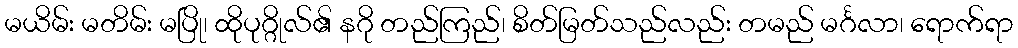
မယိမ်း မတိမ်း မပြို၊ ထိုပုဂ္ဂိုလ်၏ နဂို တည်ကြည်၊ စိတ်မြတ်သည်လည်း တမည် မင်္ဂလာ၊ ရောက်ရာ